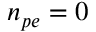
n _ { p e } = 0